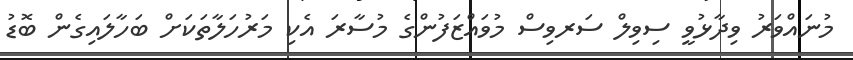
މުނައްވަރު ވިދާޅުވީ ސިވިލް ސަރވިސް މުވައްޒަފުންގެ މުސާރަ އެކި މަރުހަލާތަކަށް ބަހާލައިގެން ބޮޑު